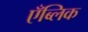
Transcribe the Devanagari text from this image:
एँब्लिक